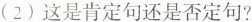
(2)这是肯定句还是否定句?